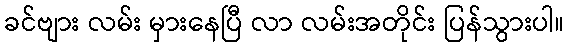
ခင်ဗျား လမ်း မှားနေပြီ လာ လမ်းအတိုင်း ပြန်သွားပါ။